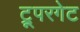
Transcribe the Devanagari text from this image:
ट्रूपरगेट